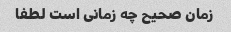
زمان صحیح چه زمانی است لطفا